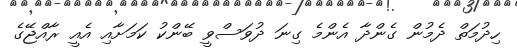
ހިދުމަތް ދެމުން ގެންދާ އެންމެ ގިނަ ދުވަސްވީ ބޭންކު ކަމަށާއި އެއީ ރާއްޖޭގެ